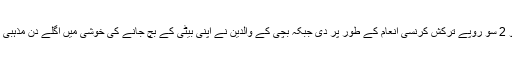
بچی دوہا کے والد نے نوجوان کو 2 سو روپے ترکش کرنسی انعام کے طور پر دی جبکہ بچی کے والدین نے اپنی بیٹی کے بچ جانے کی خوشی میں اگلے دن مذہبی تقریب انعقاد کرنے کا اعلان کیا۔